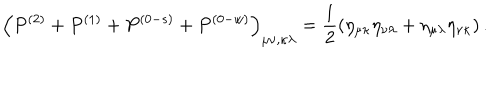
\left( P ^ { ( 2 ) } + P ^ { ( 1 ) } + P ^ { ( 0 - s ) } + P ^ { ( 0 - w ) } \right) _ { \mu \nu , \kappa \lambda } = \frac 1 2 \left( \eta _ { \mu \kappa } \eta _ { \nu \lambda } + \eta _ { \mu \lambda } \eta _ { \nu \kappa } \right) .